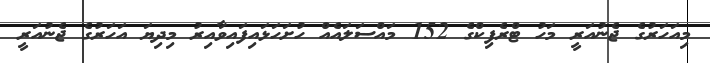
މިއަހަރުގެ ޖެނުއަރީ މަހު ޓްރެފިކްގެ 152 މައްސަލައެއް ހުށަހަޅައިފައިވާއިރު މިދިޔަ އަހަރުގެ ޖެނުއަރީ